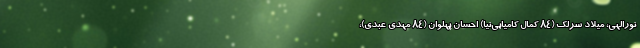
نورالهی، میلاد سرلک (۸۴ کمال کامیابی‌نیا) احسان پهلوان (۸۴ مهدی عبدی)،